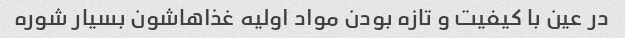
در عین با کیفیت و تازه بودن مواد اولیه غذاهاشون بسیار شوره